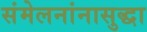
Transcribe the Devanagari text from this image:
संमेलनांनासुद्धा